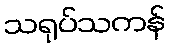
သရုပ်သကန်